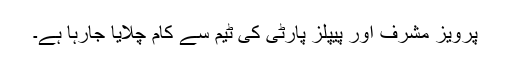
پرویز مشرف اور پیپلز پارٹی کی ٹیم سے کام چلایا جارہا ہے۔